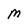
Character: M